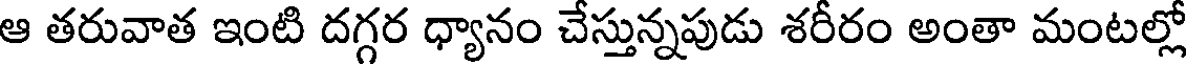
ఆ తరువాత ఇంటి దగ్గర ధ్యానం చేస్తున్నపుడు శరీరం అంతా మంటల్లో